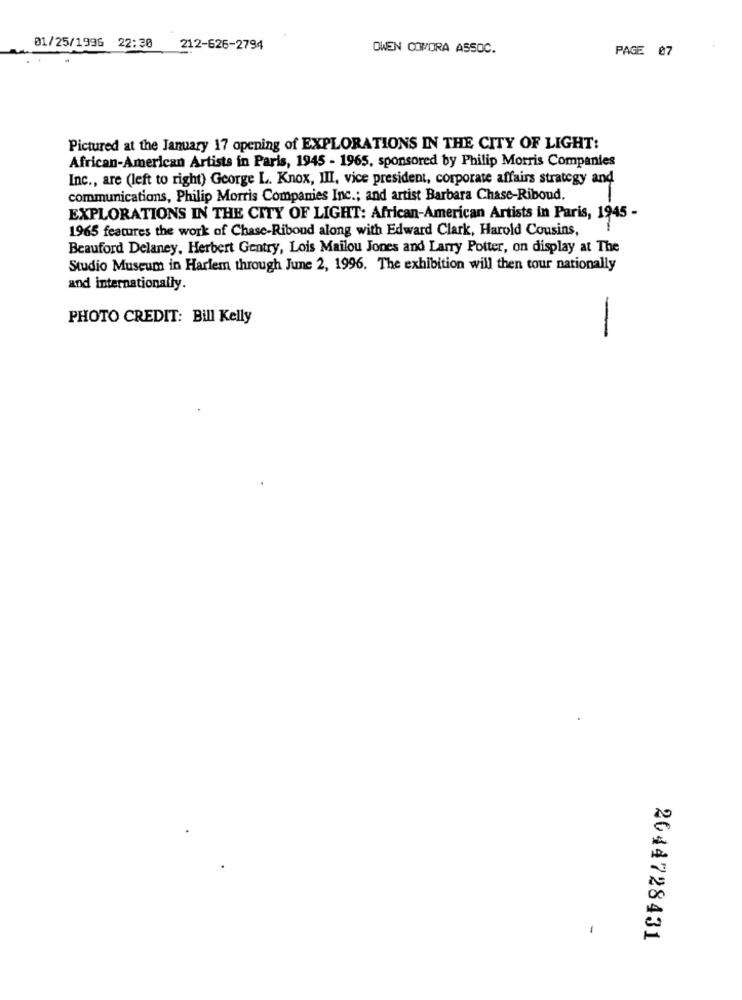
01/25/1996 22:30 212-626-2794
OWEN COMORA ASSOC.
PAGE 07
Pictured at the January 17 opening of EXPLORATIONS IN THE CITY OF LIGHT:
African-American Artists in Paris, 1945 - 1965, sponsored by Philip Morris Companies
Inc ., are (left to right) George L. Knox, III, vice president, corporate affairs strategy and
communications, Philip Morris Companies Inc .; and artist Barbara Chase-Riboud.
EXPLORATIONS IN THE CITY OF LIGHT: African-American Artists in Paris, 1945 -
1965 features the work of Chase-Riboud along with Edward Clark, Harold Cousins,
Beauford Delaney, Herbert Gentry, Lois Mailou Jones and Larry Potter, on display at The
Studio Museum in Harlem through June 2, 1996. The exhibition will then tour nationally
and internationally.
PHOTO CREDIT: Bill Kelly
-
2044728431